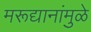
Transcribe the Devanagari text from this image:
मरूद्यानांमुळे